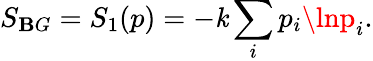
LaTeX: S_{\mathbf{B}G}=S_{1}(p)=-\mathit{k}\sum_{i}p_{i}\lnp_{i}.